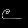
Digit: ၉